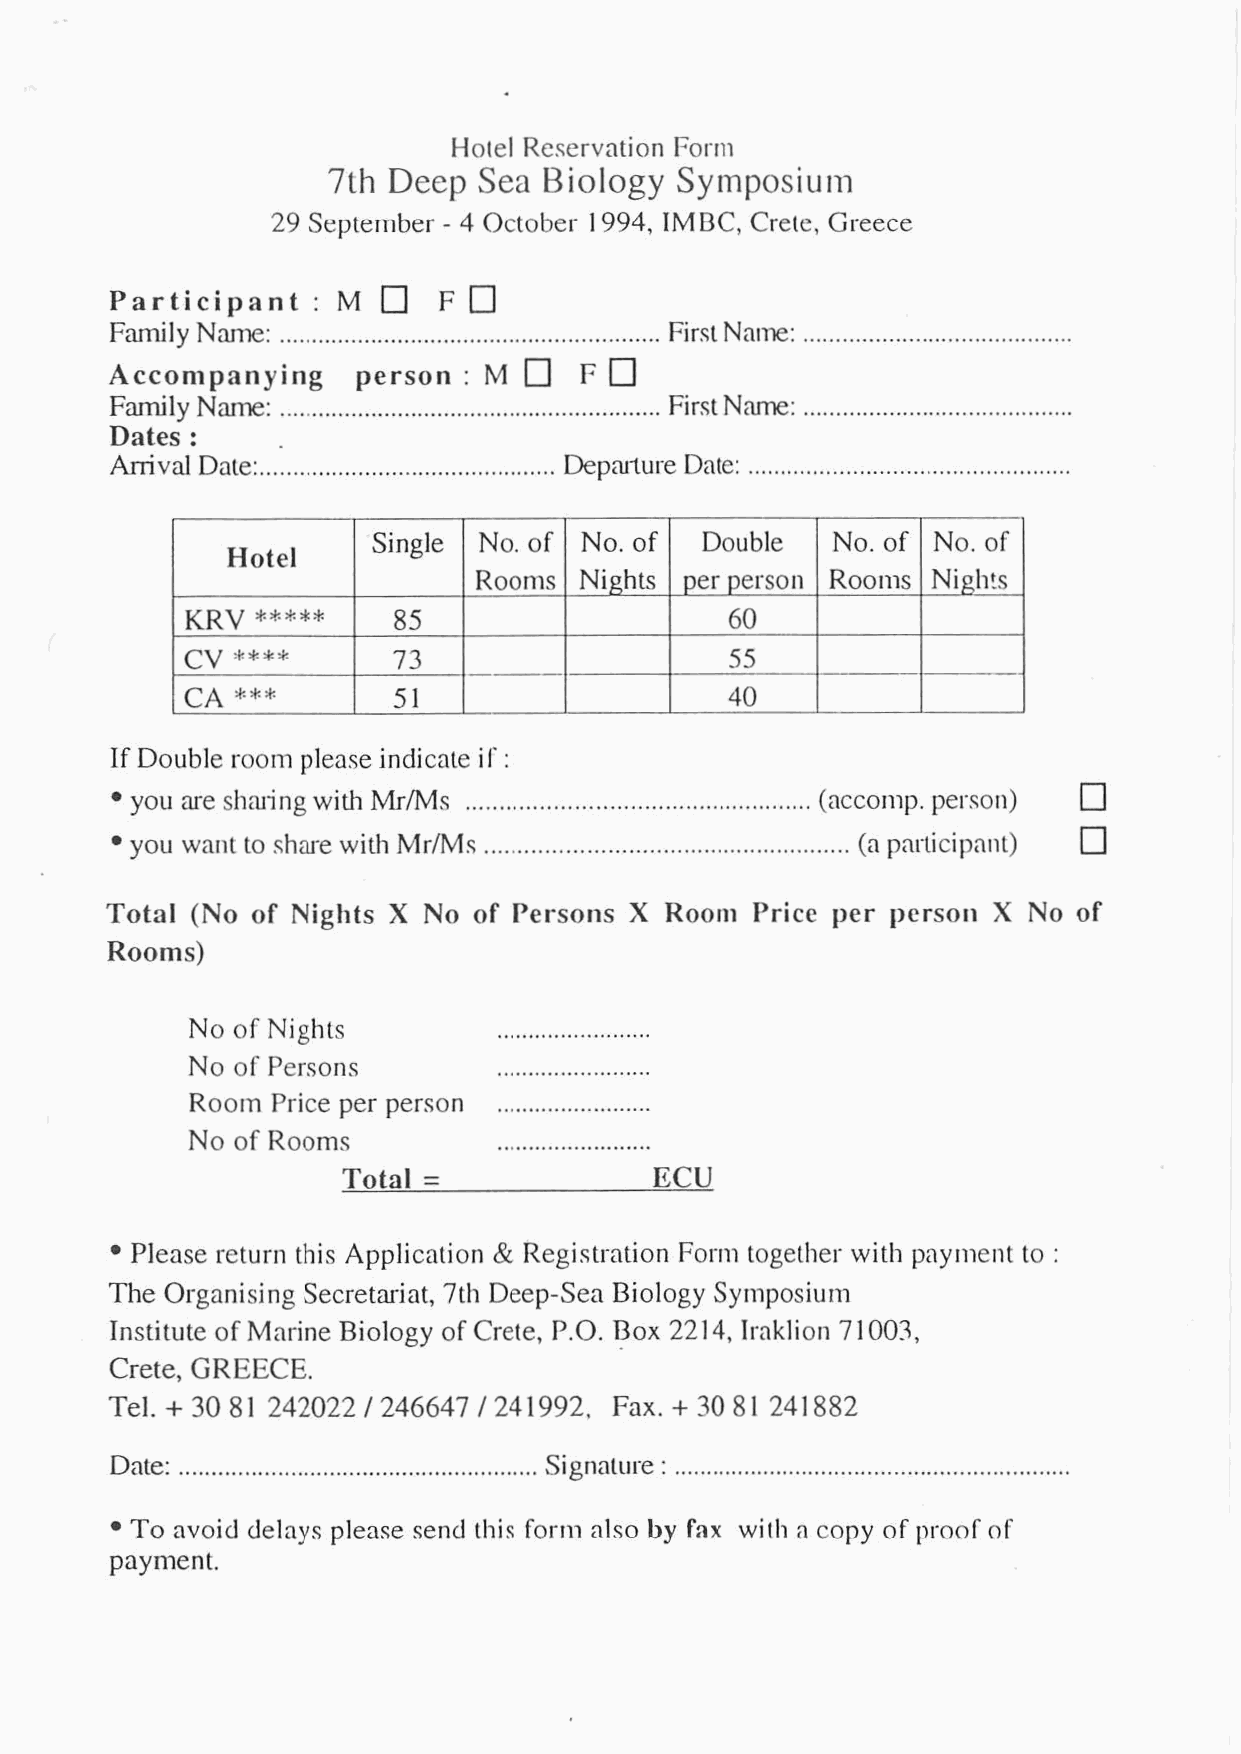
Hotel Reservation Form
 7th Deep Sea  Biology  Symposiu~n
 29 September - 4 October 1994, IMBC, Crete, Greece
 0
 Participant   : M     F
 Family Name: ..................................... .. ................... First Name: .........................................
 Accompanying    person  : M    F
 Family Name: .......................................................... First N‘w: .......................................
 Dates :
 Arnval Date: ............................................. Departure Date: .................................................
 Single No. of No. of  Double   No. of No. of
 Hotel
 Rooms  Nights per person ROOIIISN ights
 *****
 KRV
 85                    60
 ****
 CV
 73                    55
 ***              .P-
 CA            5 1                   40
 If Double room please indicate i!' :
 you are sharing with Mr/Ms .................................... ... ............ (accomp. person)
 you want to share with Mr/Ms ..................................................... (a participant)
 Total (No of Nights X No of Persons X Room Price per persori X No of
 Rooms)
 No of Nights         ........................
 No of Persons        ........................
 Room  Price per person ........................
 No of Rooms          ........................
 Total =              ECU
 Please return this Application & Registration Form together with payment to :
 The Organising Secretariat, 7th Deep-Sea Biology Symposiurn
 Institute of Marine Biology of Crete, P.O. Box 221 4, Iraklion 71 003,
 Crete, GREECE.
 Tel. +3081 242022/246647/241992, Fax. +3081 241882
 Date: ....................................................S ignature : .............................................................
 To avoid delays please send this form also by fax with a copy of proof of
 payment.